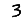
Digit: 3